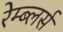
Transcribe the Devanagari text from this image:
रेम्ब्लर्स